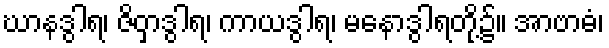
ဃာနဒွါရ၊ ဇိဝှာဒွါရ၊ ကာယဒွါရ၊ မနောဒွါရတို့၌။ အာဗာဓံ၊